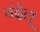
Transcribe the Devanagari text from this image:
चंदेल्